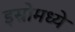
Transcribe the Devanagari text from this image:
इस्रोमध्ये